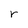
Character: r